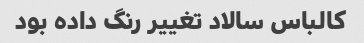
کالباس سالاد تغییر رنگ داده بود